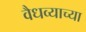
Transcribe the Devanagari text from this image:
वैधव्याच्या